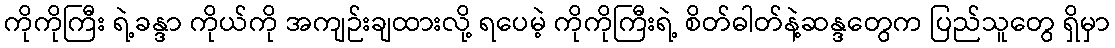
ကိုကိုကြီး ရဲ့ခန္ဒာ ကိုယ်ကို အကျဉ်းချထားလို့ ရပေမဲ့ ကိုကိုကြီးရဲ့ စိတ်ဓါတ်နဲ့ဆန္ဒတွေက ပြည်သူတွေ ရှိမှာ